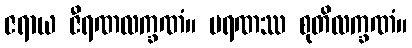
ဇရာယ ဇီရဏလက္ခဏံ။ မရဏဿ စုတိလက္ခဏံ။